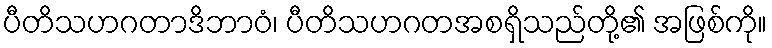
ပီတိသဟဂတာဒိဘာဝံ၊ ပီတိသဟဂတအစရှိသည်တို့၏ အဖြစ်ကို။